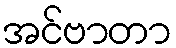
အင်ဗာတာ